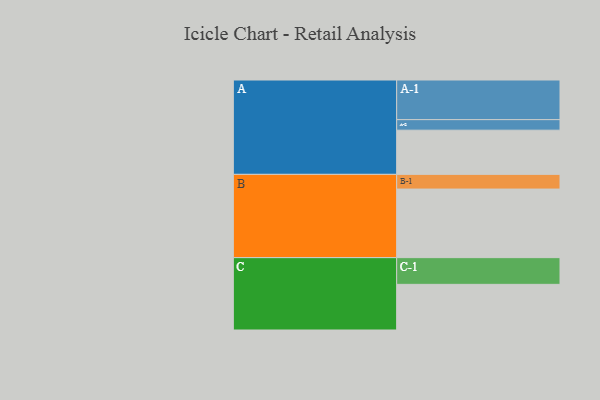
{"axis": {"x": "Segment", "y": "Value"}, "legend": ["", "A", "B", "C"], "data": [{"x": "A", "y": 331, "type": ""}, {"x": "B", "y": 514, "type": ""}, {"x": "C", "y": 342, "type": ""}, {"x": "A-1", "y": 297, "type": "A"}, {"x": "A-2", "y": 79, "type": "A"}, {"x": "B-1", "y": 110, "type": "B"}, {"x": "C-1", "y": 200, "type": "C"}]}